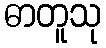
ဓာတူသု